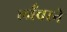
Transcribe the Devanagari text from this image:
लाँचरने